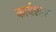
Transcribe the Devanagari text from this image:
कार्यज्ञापन